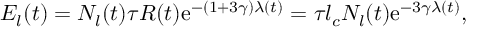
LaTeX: E _ { l } ( t ) = N _ { l } ( t ) \tau R ( t ) \mathrm { e } ^ { - ( 1 + 3 \gamma ) \lambda ( t ) } = \tau l _ { c } N _ { l } ( t ) \mathrm { e } ^ { - 3 \gamma \lambda ( t ) } ,